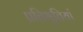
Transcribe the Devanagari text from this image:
प्रतिभुतियां